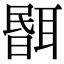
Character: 𦖫